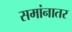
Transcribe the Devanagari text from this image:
समांनातर